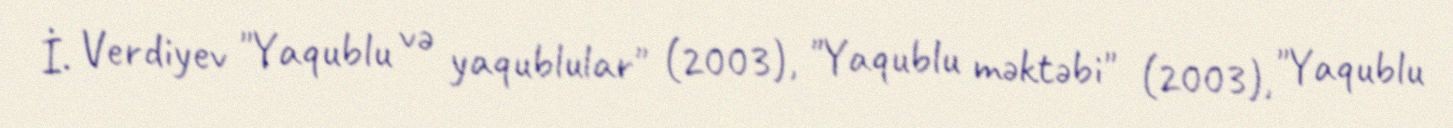
İ. Verdiyev "Yaqublu və yaqublular" (2003), "Yaqublu məktəbi" (2003), "Yaqublu